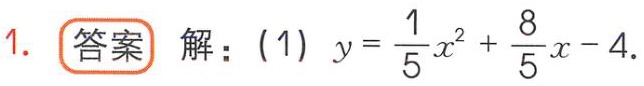
1. **答案** 解：(1) \(y = \frac{1}{5}x^{2}+\frac{8}{5}x - 4\).